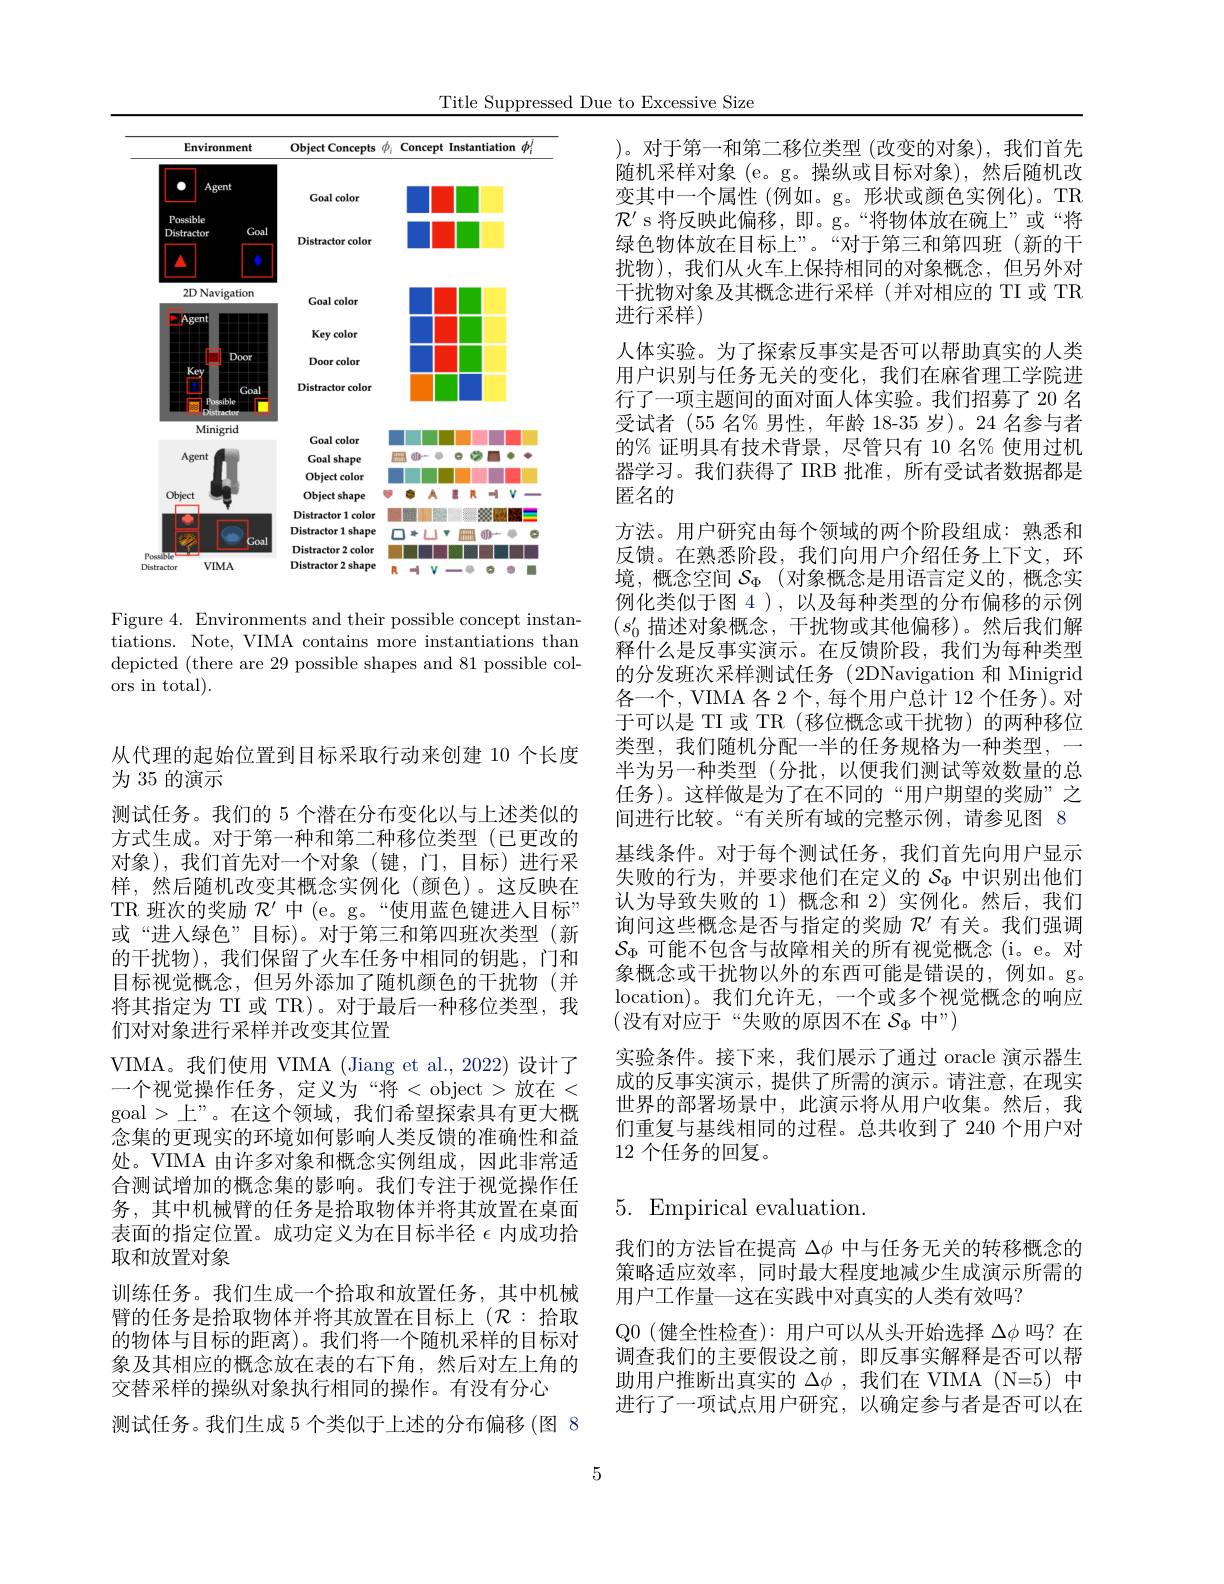
Title Suppressed Due to Excessive Size

<FigureHere>

Figure 4. Environments and their possible concept instantiations. Note, VIMA contains more instantiations than depicted (there are 29 possible shapes and 81 possible colors in total).

从代理的起始位置到目标采取行动来创建 10 个长度
为 35 的演示
测试任务。我们的 5 个潜在分布变化以与上述类似的方式生成。对于第一种和第二种移位类型(已更改的对象),我们首先对一个对象(键，门，目标)进行采样，然后随机改变其概念实例化(颜色)。这反映在TR 班次的奖励$\mathcal{R}^\prime$中 (e。g。“使用蓝色键进入目标” 或“进人绿色”目标)。对于第三和第四班次类型(新的干扰物),我们保留了火车任务中相同的钥匙，门和目标视觉概念，但另外添加了随机颜色的干扰物(并将其指定为 TI 或 TR)。对于最后一种移位类型，我们对对象进行采样并改变其位置
VIMA。我们使用 VIMA (Jiang et al.,2022)设计了一个视觉操作任务，定义为“将<object>放在< goal >上”。在这个领域，我们希望探索具有更大概念集的更现实的环境如何影响人类反馈的准确性和益处。VIMA 由许多对象和概念实例组成，因此非常适合测试增加的概念集的影响。我们专注于视觉操作任务，其中机械臂的任务是拾取物体并将其放置在桌面表面的指定位置。成功定义为在目标半径$\epsilon$内成功拾取和放置对象
训练任务。我们生成一个拾取和放置任务，其中机械臂的任务是拾取物体并将其放置在目标上($\mathcal{R}:$拾取的物体与目标的距离)。我们将一个随机采样的目标对象及其相应的概念放在表的右下角，然后对左上角的交替采样的操纵对象执行相同的操作。有没有分心
测试任务。我们生成 5 个类似于上述的分布偏移 (图 8

)。对于第一和第二移位类型 (改变的对象),我们首先随机采样对象 (e。g。操纵或目标对象),然后随机改变其中一个属性 (例如。g。形状或颜色实例化)。TR $\mathcal{R}^{\prime}$ s 将反映此偏移，即。g。“将物体放在碗上”或“将绿色物体放在目标上”。“对于第三和第四班(新的干扰物),我们从火车上保持相同的对象概念，但另外对干扰物对象及其概念进行采样(并对相应的 TI 或 TR 进行采样)
人体实验。为了探索反事实是否可以帮助真实的人类用户识别与任务无关的变化，我们在麻省理工学院进行了一项主题间的面对面人体实验。我们招募了 20 名受试者 (55 名% 男性，年龄 18-35 岁)。24 名参与者的% 证明具有技术背景，尽管只有 10 名% 使用过机器学习。我们获得了 IRB 批准，所有受试者数据都是匿名的
方法。用户研究由每个领域的两个阶段组成：熟悉和反馈。在熟悉阶段，我们向用户介绍任务上下文，环境，概念空间 $\mathcal{S} _\Phi$ (对象概念是用语言定义的，概念实例化类似于图 4 ), 以及每种类型的分布偏移的示例$(s_0^{\prime}$描述对象概念，干扰物或其他偏移)。然后我们解释什么是反事实演示。在反馈阶段，我们为每种类型的分发班次采样测试任务(2DNavigation 和 Minigrid 各一个，VIMA 各 2 个，每个用户总计 12 个任务)。对于可以是 TI 或 TR (移位概念或干扰物)的两种移位类型，我们随机分配一半的任务规格为一种类型，一半为另一种类型(分批，以便我们测试等效数量的总任务)。这样做是为了在不同的“用户期望的奖励”之间进行比较。“有关所有域的完整示例，请参见图 8基线条件。对于每个测试任务，我们首先向用户显示失败的行为，并要求他们在定义的$S_\mathrm{\Phi}$中识别出他们认为导致失败的 1) 概念和 2)实例化。然后，我们询问这些概念是否与指定的奖励$\mathcal{R}^{\prime}$有关。我们强调$\mathcal{S}_\mathrm{\Phi}$可能不包含与故障相关的所有视觉概念(i。e。对象概念或干扰物以外的东西可能是错误的，例如。g。location)。我们允许无，一个或多个视觉概念的响应(没有对应于“失败的原因不在 $\mathcal{S}_\Phi$ 中”)
实验条件。接下来，我们展示了通过 oracle 演示器生成的反事实演示，提供了所需的演示。请注意，在现实世界的部署场景中，此演示将从用户收集。然后，我们重复与基线相同的过程。总共收到了 240 个用户对12 个任务的回复。

## $5.{\mathrm{Empirical~evaluation}}.$

我们的方法旨在提高$\Delta\phi$中与任务无关的转移概念的策略适应效率，同时最大程度地减少生成演示所需的用户工作量一这在实践中对真实的人类有效吗？

$\mathbb{Q}0$ (健全性检查):用户可以从头开始选择$\Delta\phi$吗？在调查我们的主要假设之前，即反事实解释是否可以帮助用户推断出真实的$\Delta\phi$ ,我们在 VIMA (N=5)中进行了一项试点用户研究，以确定参与者是否可以在

5